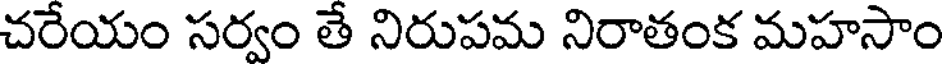
చరేయం సర్వం తే నిరుపమ నిరాతంక మహసాం